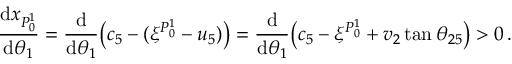
\frac { \mathrm { d } x _ { P _ { 0 } ^ { 1 } } } { \mathrm { d } \theta _ { 1 } } = \frac { \mathrm { d } } { \mathrm { d } \theta _ { 1 } } \big ( c _ { 5 } - ( \xi ^ { P _ { 0 } ^ { 1 } } - u _ { 5 } ) \big ) = \frac { \mathrm { d } } { \mathrm { d } \theta _ { 1 } } \big ( c _ { 5 } - \xi ^ { P _ { 0 } ^ { 1 } } + v _ { 2 } \tan \theta _ { 2 5 } \big ) > 0 \, .